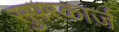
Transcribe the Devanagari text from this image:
सुपरकार्ज़